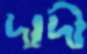
দাদী